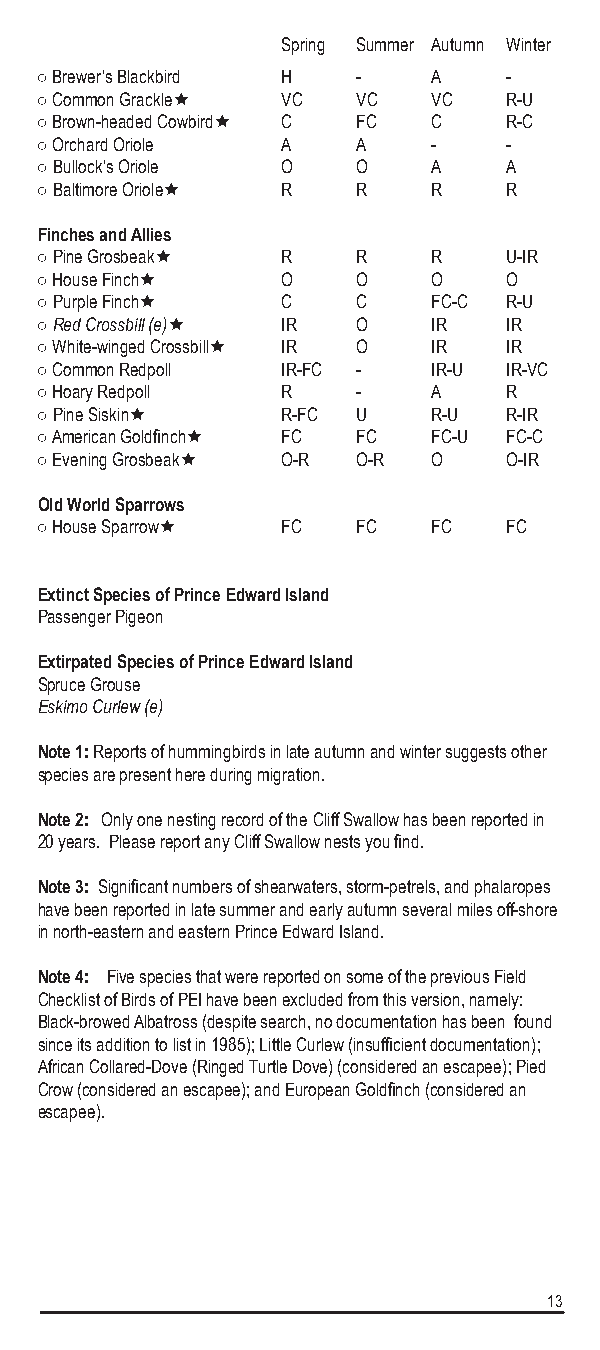
Spring Summer Autumn Winter
 ○ Brewer’s Blackbird H -   A    -
 ○ Common Grackle VC  VC   VC   R-U
 ○ Brown-headed Cowbird C FC C  R-C
 ○ Orchard Oriole A    A    -    -
 ○ Bullock’s Oriole O  O    A    A
 ○ Baltimore Oriole R R    R    R
 Finches and Allies
 ○ Pine Grosbeak R    R    R    U-IR
 ○ House Finch   O    O    O    O
 ○ Purple Finch  C    C    FC-C R-U
 ○ Red Crossbill (e) IR O  IR   IR
 ○ White-winged Crossbill IR O IR IR
 ○ Common Redpoll IR-FC -   IR-U IR-VC
 ○ Hoary Redpoll  R    -    A    R
 ○ Pine Siskin   R-FC U    R-U  R-IR
 ○ American Goldfinch FC FC FC-U FC-C
 ○ Evening Grosbeak O-R O-R O   O-IR
 Old World Sparrows
 ○ House Sparrow FC   FC   FC   FC
 Extinct Species of Prince Edward Island
 Passenger Pigeon
 Extirpated Species of Prince Edward Island
 Spruce Grouse
 Eskimo Curlew (e)
 Note 1: Reports of hummingbirds in late autumn and winter suggests other
 species are present here during migration.
 Note 2: Only one nesting record of the Cliff Swallow has been reported in
 20 years. Please report any Cliff Swallow nests you find.
 Note 3: Significant numbers of shearwaters, storm-petrels, and phalaropes
 have been reported in late summer and early autumn several miles off-shore
 in north-eastern and eastern Prince Edward Island.
 Note 4: Five species that were reported on some of the previous Field
 Checklist of Birds of PEI have been excluded from this version, namely:
 Black-browed Albatross (despite search, no documentation has been found
 since its addition to list in 1985); Little Curlew (insufficient documentation);
 African Collared-Dove (Ringed Turtle Dove) (considered an escapee); Pied
 Crow (considered an escapee); and European Goldfinch (considered an
 escapee).
 13